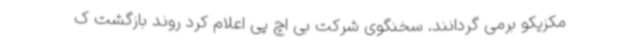
مکزیکو برمی گردانند. سخنگوی شرکت بی اچ پی اعلام کرد روند بازگشت ک